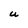
Character: U